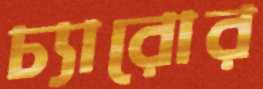
চ্যারোর